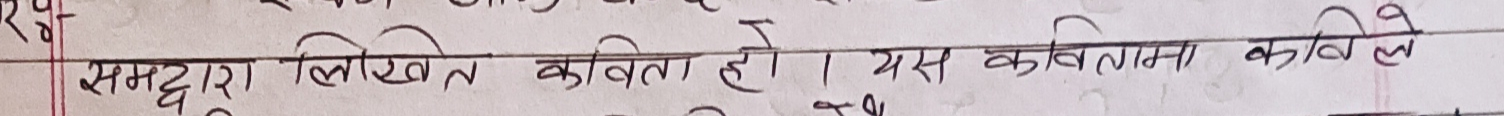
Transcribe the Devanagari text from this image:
समद्वारा लिखित कविता हो। यस कवितामा कविले